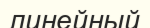
линейный